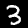
Label: 3